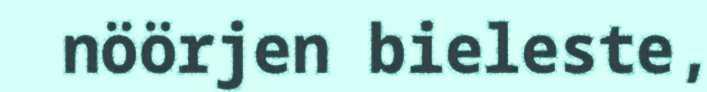
nöörjen bieleste,